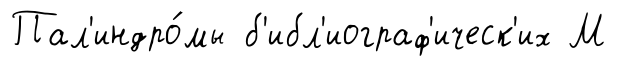
Пал'индро́мы б'ибл'иограф'ическ'их М